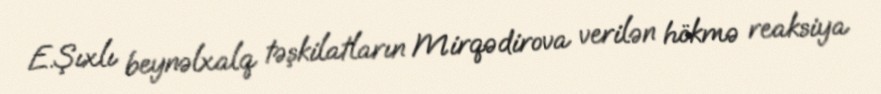
E.Şıxlı beynəlxalq təşkilatların Mirqədirova verilən hökmə reaksiya